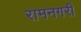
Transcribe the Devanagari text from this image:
रामनगरी